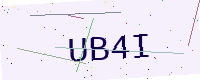
Text: UB4I